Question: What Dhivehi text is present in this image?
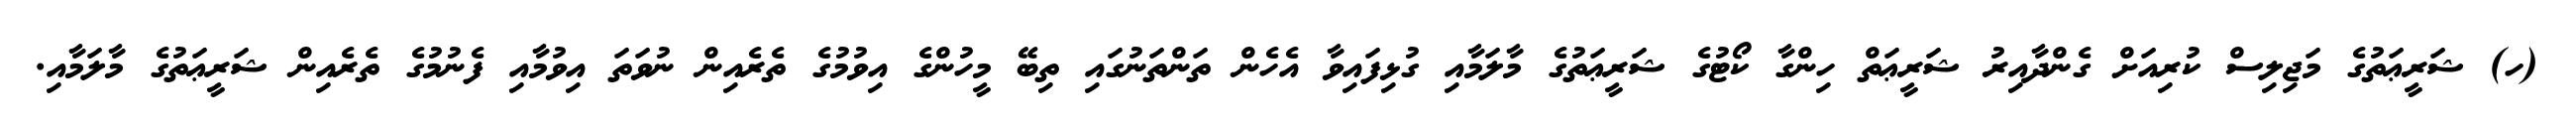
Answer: (ހ) ޝަރީޢަތުގެ މަޖިލިސް ކުރިއަށް ގެންދާއިރު ޝަރީޢަތް ހިންގާ ކޯޓުގެ ޝަރީޢަތުގެ މާލަމާއި ގުޅިފައިވާ އެހެން ތަންތަނުގައި ތިބޭ މީހުންގެ އިވުމުގެ ތެރެއިން ނުވަތަ އިވުމާއި ފެނުމުގެ ތެރެއިން ޝަރީޢަތުގެ މާލަމާއި.